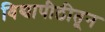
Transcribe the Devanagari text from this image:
विद्यापीठीतून